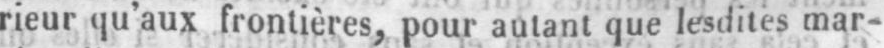
rieur qu’aux frontières, pour autant que lesdites mar-